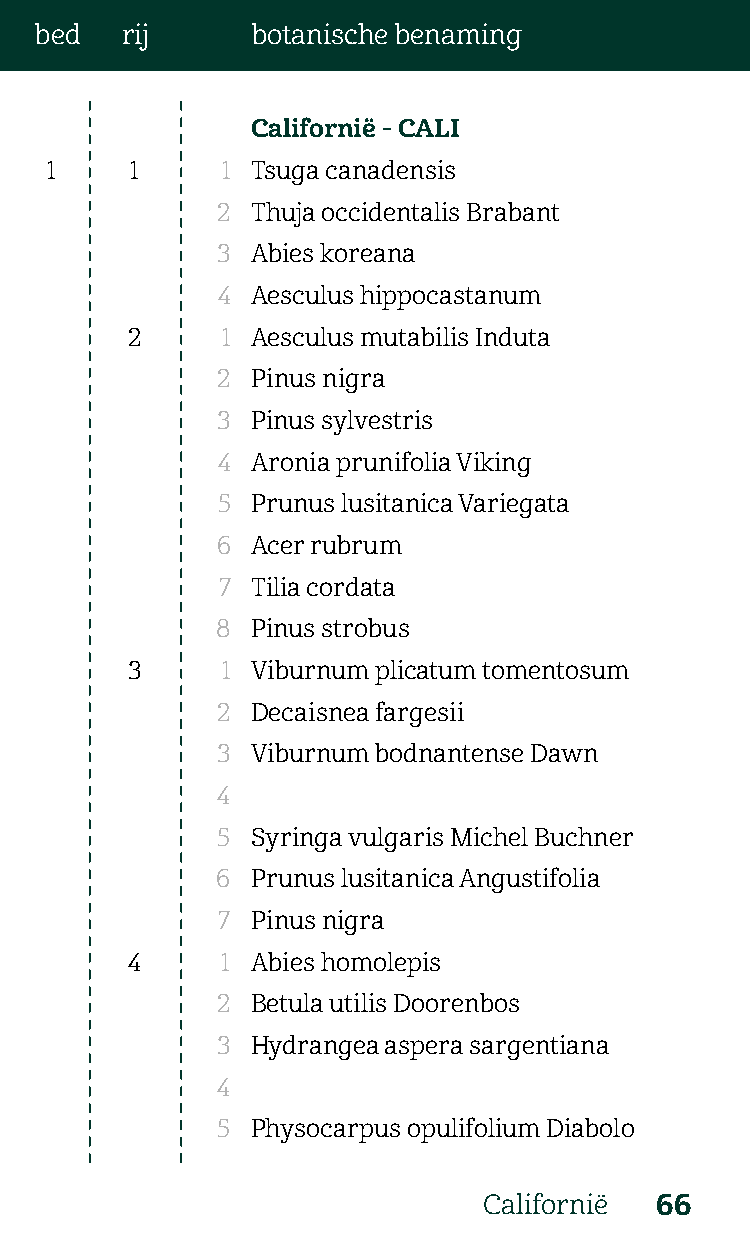
bed   rij      botanische benaming
 Californië - CALI
 1     1     1 Tsuga canadensis
 2  Thuja occidentalis Brabant
 3  Abies koreana
 4  Aesculus hippocastanum
 2      1 Aesculus mutabilis Induta
 2  Pinus nigra
 3  Pinus sylvestris
 4  Aronia prunifolia Viking
 5  Prunus lusitanica Variegata
 6  Acer rubrum
 7  Tilia cordata
 8  Pinus strobus
 3      1 Viburnum plicatum tomentosum
 2  Decaisnea fargesii
 3  Viburnum bodnantense Dawn
 4
 5  Syringa vulgaris Michel Buchner
 6  Prunus lusitanica Angustifolia
 7  Pinus nigra
 4      1 Abies homolepis
 2  Betula utilis Doorenbos
 3  Hydrangea aspera sargentiana
 4
 5  Physocarpus opulifolium Diabolo
 Californië 66